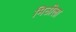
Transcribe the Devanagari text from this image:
मिठीला